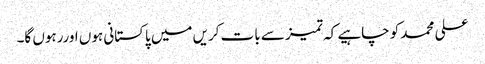
علی محمد کو چاہیے کہ تمیز سے بات کریں میں پاکستانی ہوں اوررہوں گا۔